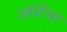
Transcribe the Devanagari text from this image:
आंग्रेंचा